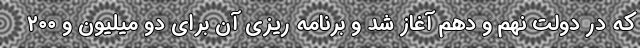
که در دولت نهم و دهم آغاز شد و برنامه ریزی آن برای دو میلیون و ۲۰۰